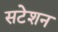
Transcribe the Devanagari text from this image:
सटेशन